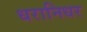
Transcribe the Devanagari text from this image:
धरानिधर